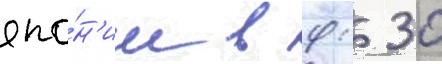
япо́н'ии в 9: 30